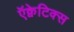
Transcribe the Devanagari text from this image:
ऍक्वेटिक्स